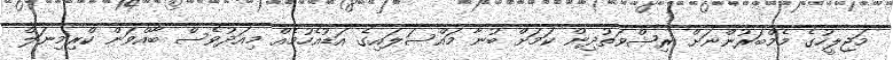
މަޖިލީހުގެ މެމްބަރުންނަށް ރިޝްވަތުދިން ކަމަށް ބުނާ މައްސަލައިގެ އަޑުއެހުމެއް މިއަދުވެސް ބާއްވަން ކްރިމިނަލް